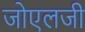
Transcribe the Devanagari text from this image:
जोएलजी